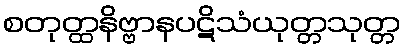
စတုတ္ထနိဗ္ဗာနပဋိသံယုတ္တသုတ္တ